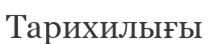
Тарихилығы